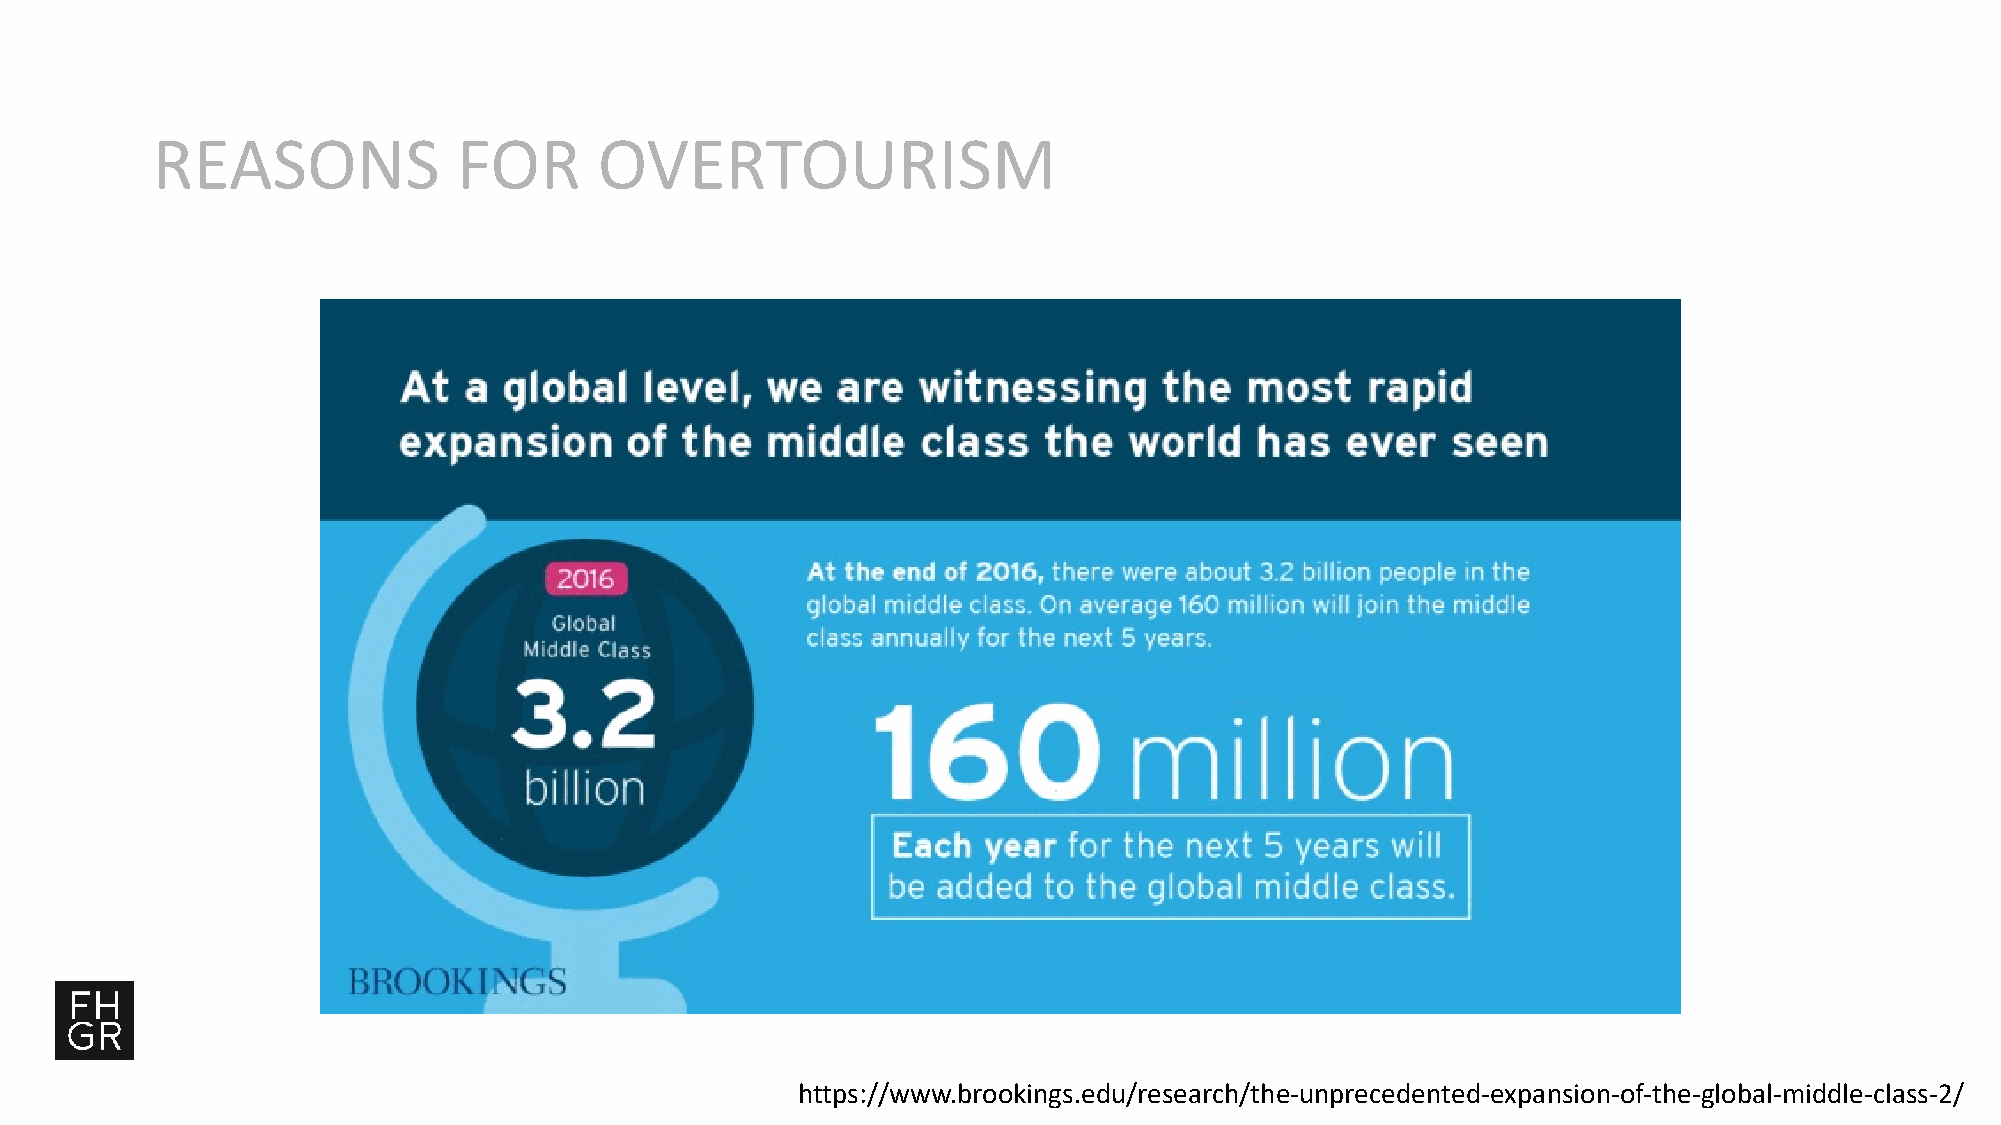
REASONS             FOR       OVERTOURISM
 https://www.brookings.edu/research/the-unprecedented-expansion-of-the-global-middle-class-2/